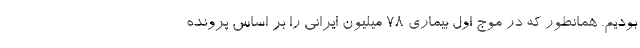
بودیم. همانطور که در موج اول بیماری ۷۸ میلیون ایرانی را بر اساس پرونده